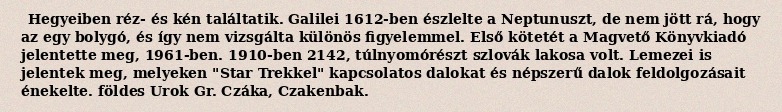
Hegyeiben réz- és kén találtatik. Galilei 1612-ben észlelte a Neptunuszt, de nem jött rá, hogy az egy bolygó, és így nem vizsgálta különös figyelemmel. Első kötetét a Magvető Könyvkiadó jelentette meg, 1961-ben. 1910-ben 2142, túlnyomórészt szlovák lakosa volt. Lemezei is jelentek meg, melyeken "Star Trekkel" kapcsolatos dalokat és népszerű dalok feldolgozásait énekelte. földes Urok Gr. Czáka, Czakenbak.